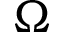
\Omega